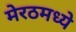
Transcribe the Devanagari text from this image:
मेरठमध्ये